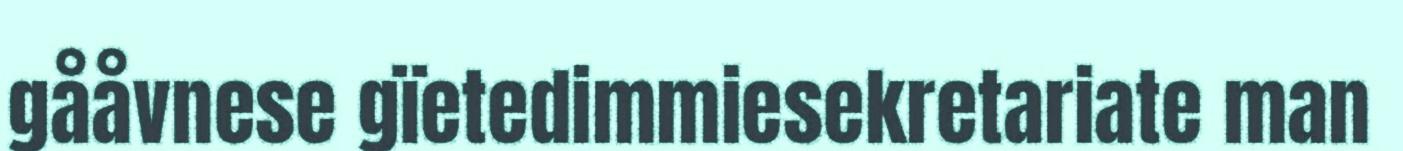
gååvnese gïetedimmiesekretariate man